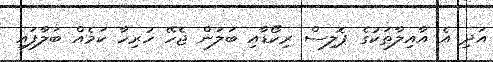
އަދި އެ އާއިލާތަކުގެ ޕޮލިސް ރިކޯޑާއި ބަލަން ޖެހޭ ހުރިހާ ކަމެއް ބަލާފައި